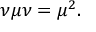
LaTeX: \nu \mu \nu = \mu ^ { 2 } .